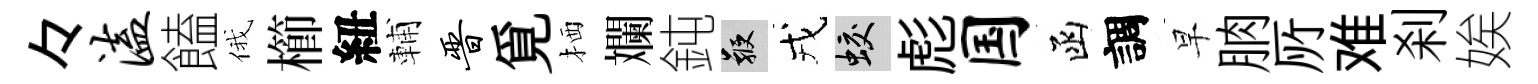
々溘饁俄櫛紐輔晋覓栖斕鈍鞭戎蛟彪国函調早朒𠩄难刹娭